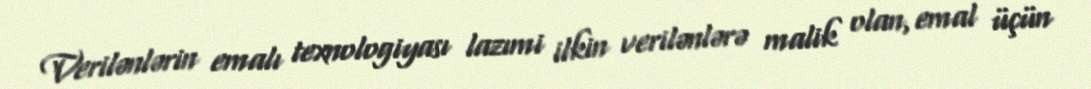
Verilənlərin emalı texnologiyası lazımi ilkin verilənlərə malik olan, emal üçün